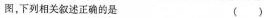
图，下列相关叙述正确的是 （ ）